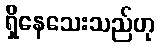
ရှိနေသေးသည်ဟု